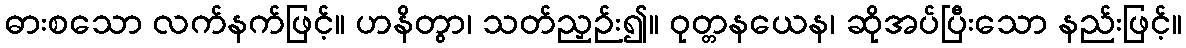
ဓားစသော လက်နက်ဖြင့်။ ဟနိတွာ၊ သတ်ညှဉ်း၍။ ဝုတ္တနယေန၊ ဆိုအပ်ပြီးသော နည်းဖြင့်။